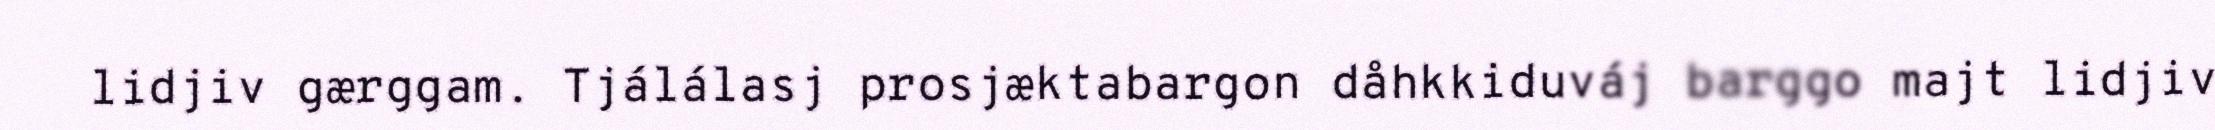
lidjiv gærggam. Tjálálasj prosjæktabargon dåhkkiduváj barggo majt lidjiv